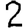
Digit: 2